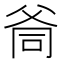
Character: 㸗